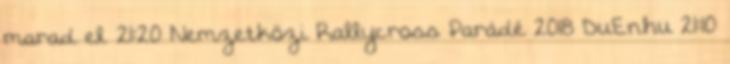
marad el. 21:20 Nemzetközi Rallycross Parádé 2018 DuEn.hu 21:10